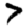
Digit: 7